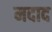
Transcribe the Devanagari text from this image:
मदाद